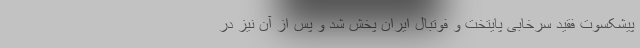
پیشکسوت فقید سرخابی پایتخت و فوتبال ایران پخش شد و پس از آن نیز در